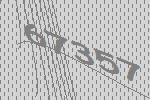
67357